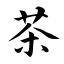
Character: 茶